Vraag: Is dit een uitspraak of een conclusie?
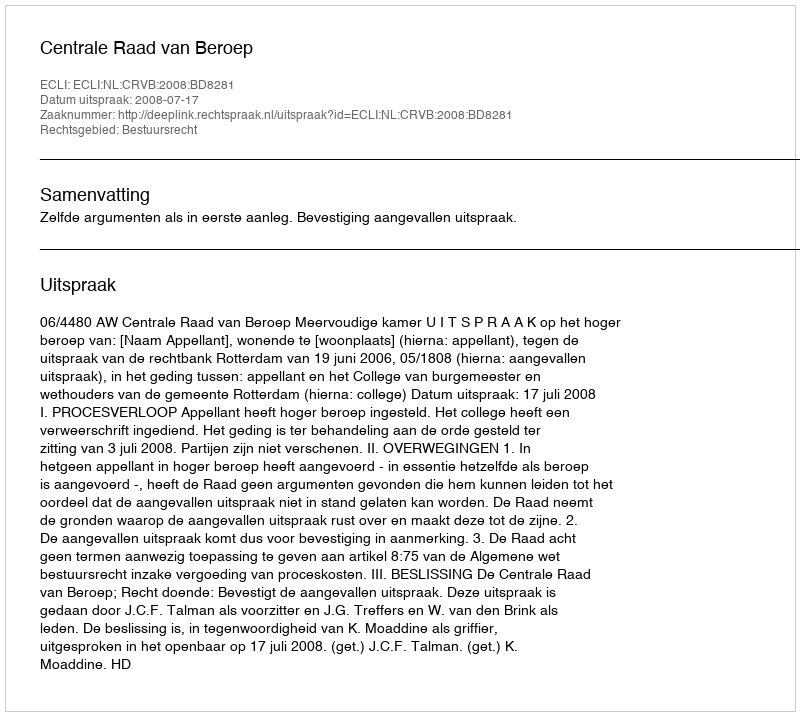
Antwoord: Uitspraak